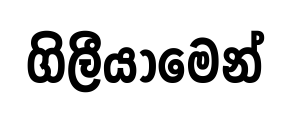
ගිලීයාමෙන්